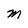
Character: m